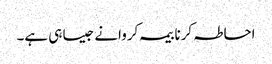
احاطہ کرنا بیمہ کروانے جیسا ہی ہے۔